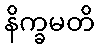
နိက္ခမတိ